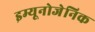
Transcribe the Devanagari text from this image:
इम्यूनोजेनिक